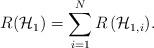
LaTeX: \begin{align*}{R}(\mathcal{H}_{1})=\sum _{ i = 1 }^{ N }{ R\left( { \mathcal{H} }_{ 1, i } \right) }.\end{align*}